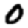
Digit: 0